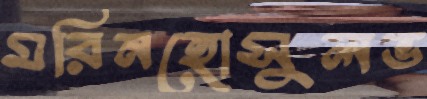
মরিনহোসুলভ